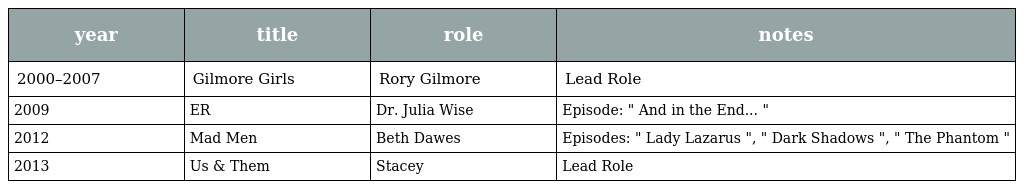
| year | title | role | notes |
 | --- | --- | --- | --- |
 | 2000–2007 | Gilmore Girls | Rory Gilmore | Lead Role |
 | 2009 | ER | Dr. Julia Wise | Episode: " And in the End... " |
 | 2012 | Mad Men | Beth Dawes | Episodes: " Lady Lazarus ", " Dark Shadows ", " The Phantom " |
 | 2013 | Us & Them | Stacey | Lead Role |